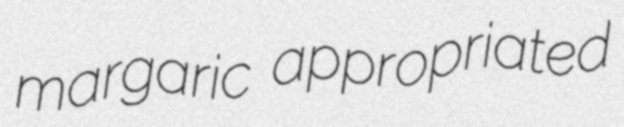
margaric appropriated